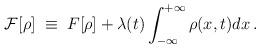
LaTeX: \begin{align*}{\cal {F}}[\rho] \; \equiv \; {F}[\rho]+ \lambda(t)\int_{-\infty}^{+\infty}\rho(x,t)dx \, .\end{align*}